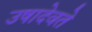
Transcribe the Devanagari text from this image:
उषादेवते